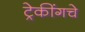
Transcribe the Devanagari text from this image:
ट्रेकींगचे